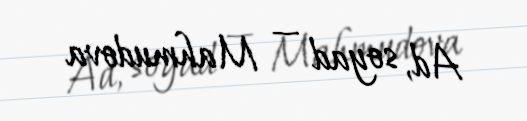
Ad, soyad — Mahmudova